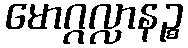
မောဂ္ဂလ္လာနဉ္စ